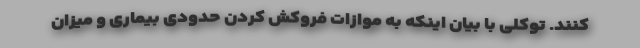
کنند. توکلی با بیان اینکه به موازات فروکش کردن حدودی بیماری و میزان